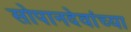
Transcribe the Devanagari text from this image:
सोपानदेवांच्या